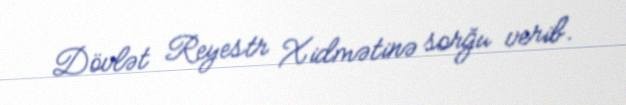
Dövlət Reyestr Xidmətinə sorğu verib.